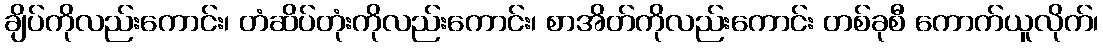
ချိပ်ကိုလည်းကောင်း၊ တံဆိပ်တုံးကိုလည်းကောင်း၊ စာအိတ်ကိုလည်းကောင်း တစ်ခုစီ ကောက်ယူလိုက်၊